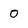
Character: O